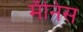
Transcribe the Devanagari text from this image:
मॅनिस